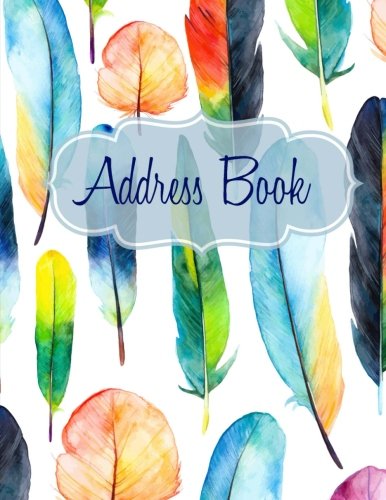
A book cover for Address Book (Simple and Beautiful Address Books ) (Volume 44); Creative Journals; Business & Money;